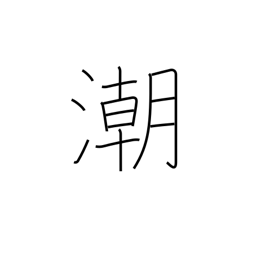
Meaning: tide